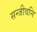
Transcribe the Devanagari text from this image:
सन्जीवनि